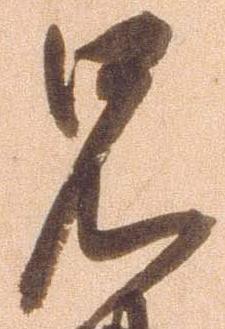
兄